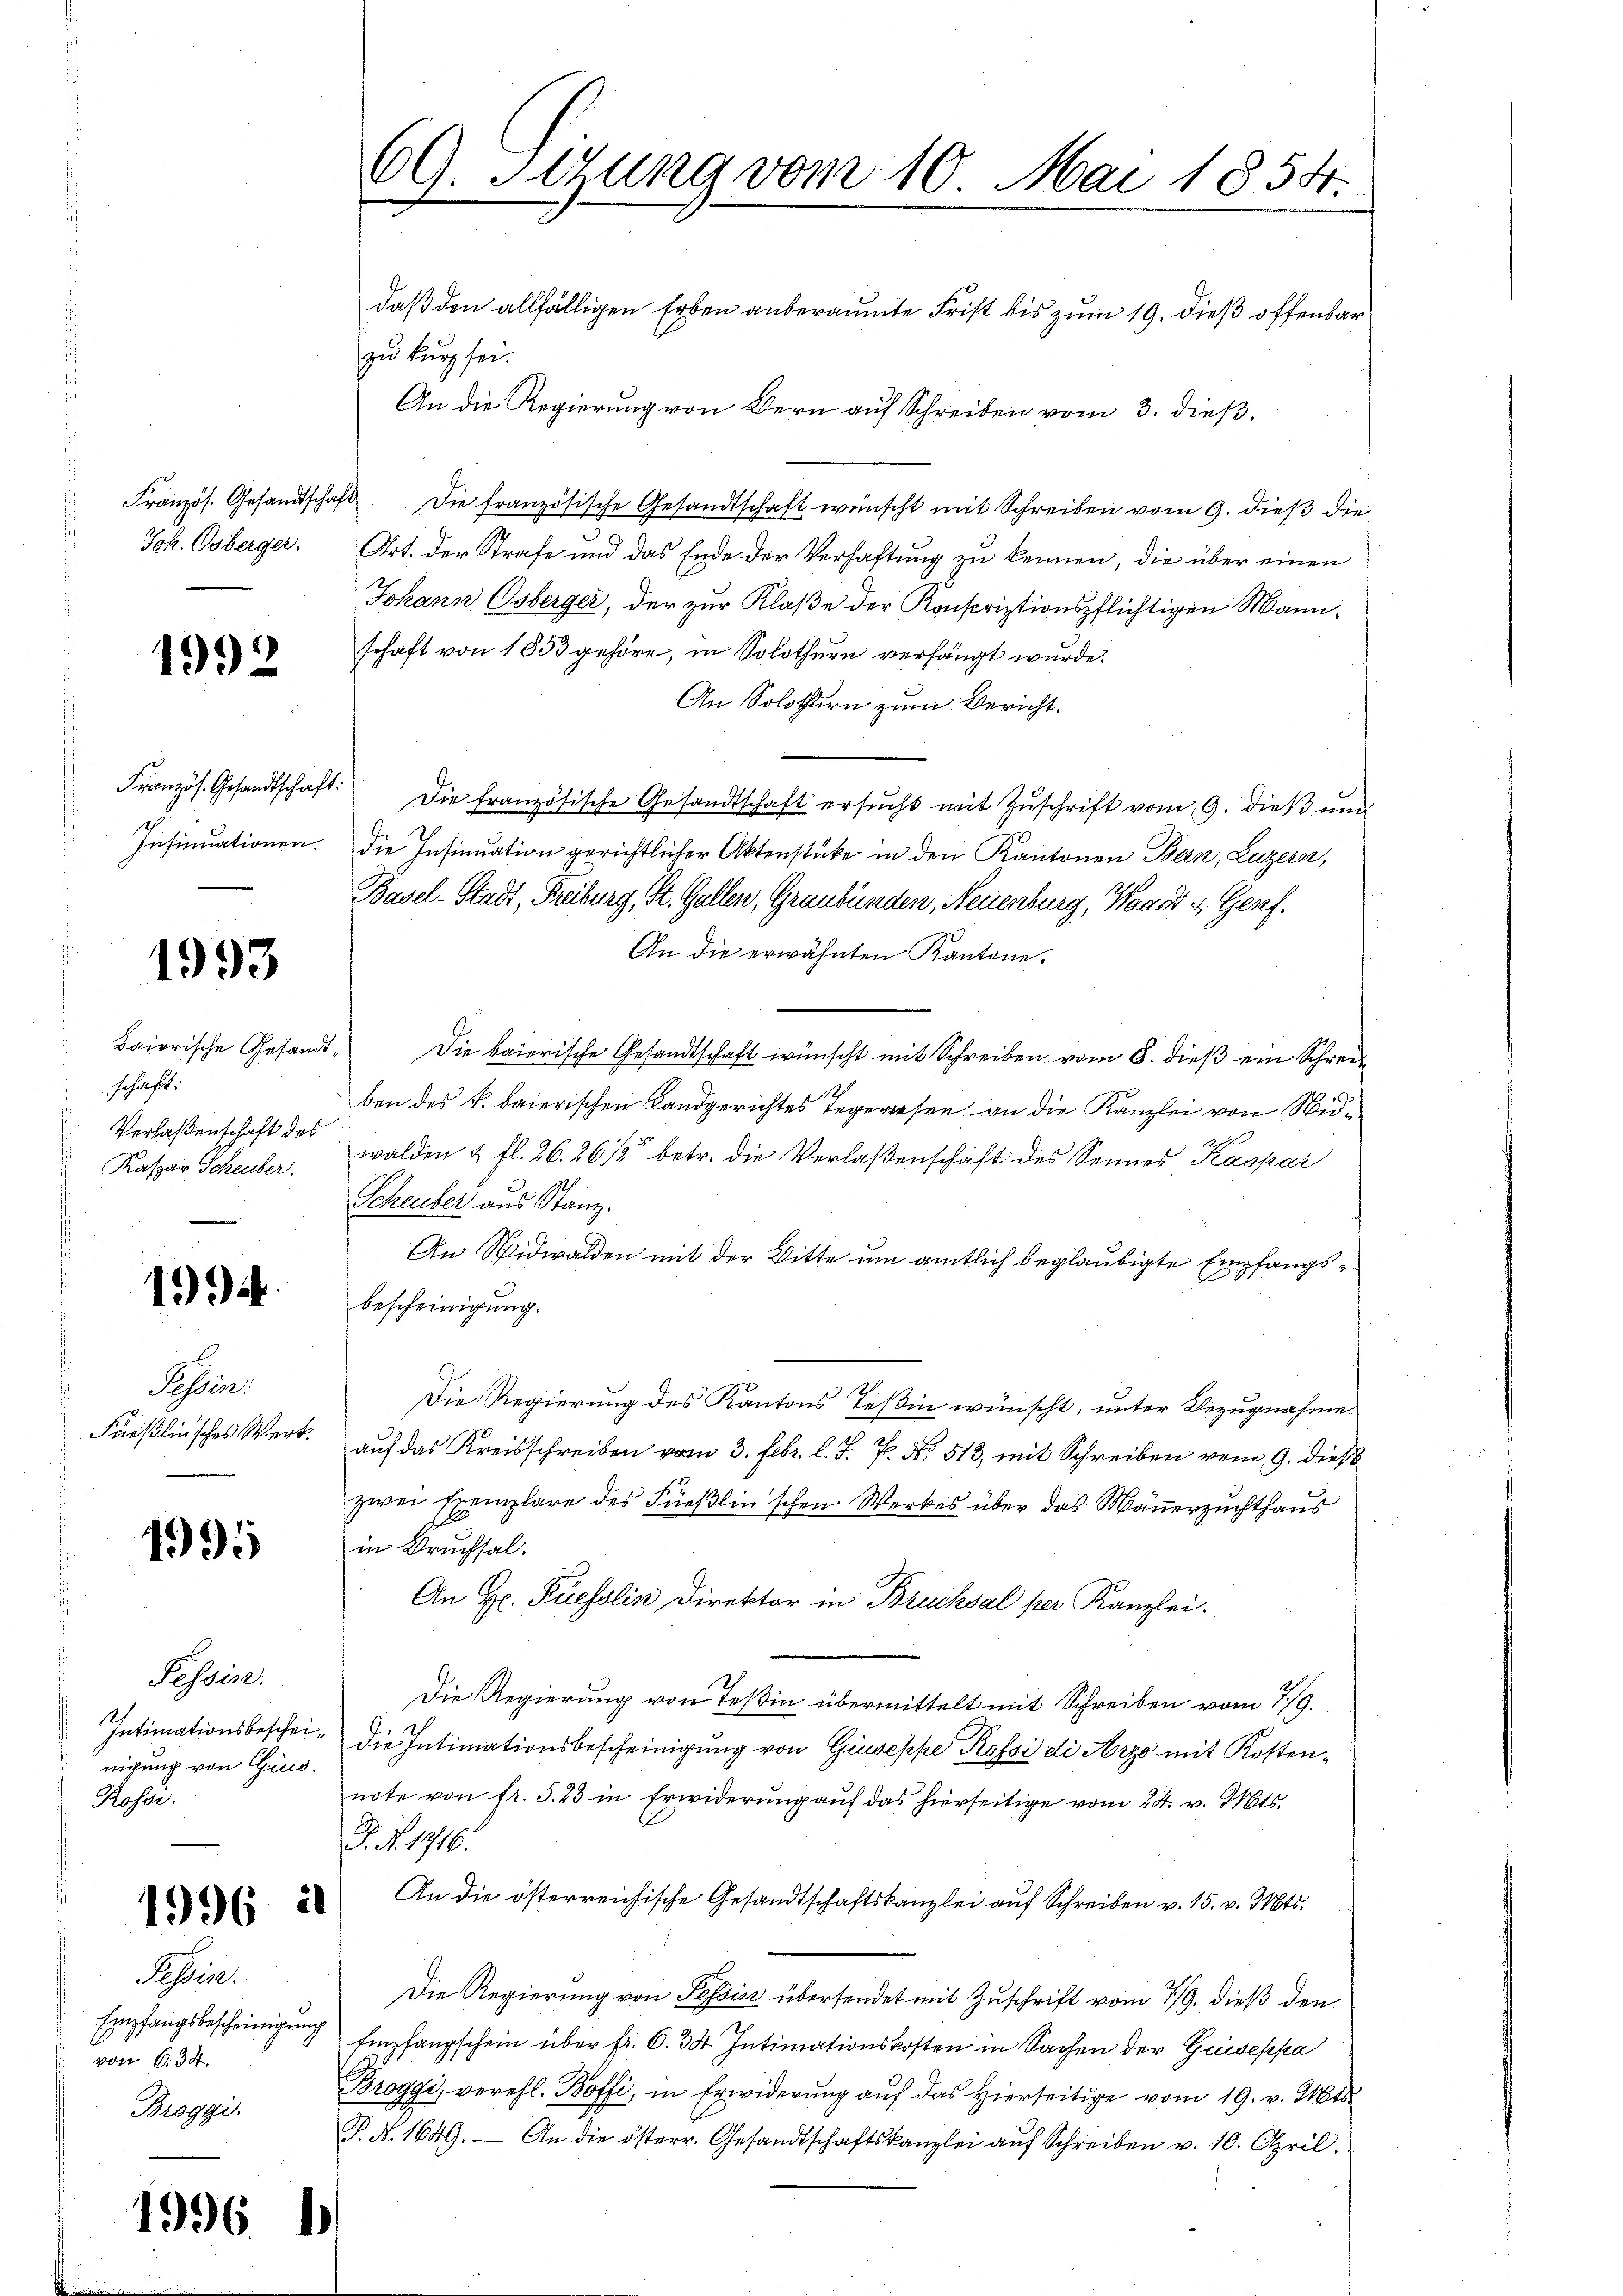
1992

Französ. Gesandtschaft:

1993

Baierische Gesandtschaft:
Verlaßenschaft des
Kaspar Scheuber.

1994.

Sessen.
Frießlinsches Werk

4995

Tessin.
Intimationsbescheinigung von Gind.
Kossi.

1996 i

Pässerl.
Empfangsbescheinigung
von 6. 34.
Broggi.

1996 h

daß den allfälligen Erben anberaumte Frist bis zum 19. dieß offenbar
zu kurz sei.
An die Regierung von Bern auf Schreiben vom 3. dieß.
Französ. Gesandtschaft. Die französische Gesandtschaft wünscht mit Schreiben vom 9. dieß die
Joh. Osberger. Art. der Strafe und das Ende der Verhaftung zu kennen, die über einen
Johann Osberger, der zur Klaße der Konscriptionspflichtigen Mannschaft von 1853 gehöre, in Solothurn verhängt wurde.
An Solothurn zum Bericht.
Die französische Gesandtschaft ersŭcht mit Zŭschrift vom 9. dieß und
Insinuationen. Die Insinuation gerichtlicher Aktenstücke in den Kantonen Bern, Luzern,
Basel-Stadt, Freiburg, St. Gallen, Graubünden, Neuenburg, Waadt v. Genf.
An die erwähnten Kantone.
Die baierische Gesandtschaft wünscht mit Schreiben vom 8. dieß ein Schreiben des k. baierischen Landgerichtes Tegewesen an die Kanzlei von Widwalden & fl. 26. 26 1/2 betr. die Verlaßenschaft des Sennes Kaspar
Scheuber aus Stanz.
An Nidwalden mit der Bitte um amtlich beglaubigte Empfangsbescheinigung.
Die Regierung des Kantons Teßin wünscht, unter Bezugnahme
auf das Kreisschreiben vom 3. Febr. l. J. P. Nr. 513, mit Schreiben vom 9. dieß
zwei Exemplare des Füßlin'schen Werkes über das Mauerzuchthaus
in Bruchsal.
An Hr. Ruesslin Direktor in Brucksal per Kanzlei.
Die Regierung von Teßin übermittelt mit Schreiben vom 7/9.
2
die Intimationsbescheinigung von Giuseppe Rossi di Arzo mit Kostennote von fr. 5. 23 in Erwiderung auf das hierseitige vom 24. v. Mts.
J. N. 1916.
An die österreichische Gesandtschaftskanzlei auf Schreiben v. 15. v. Mts.
Die Regierung von Tessin übersendet mit Zuschrift vom 7/9. dieß den
Empfangschein über fr. 6. 34. Intimationskosten in Sachen der Giuseppa
Broggi, verehl. Boffi, in Erwiderung auf das hierseitige vom 19. v. Mts.
P. N. 1649. An die österr. Gesandtschaftskanzlei aŭf Schreiben v. 10. April.

69. Sitzung vom 10. Mai 1854.